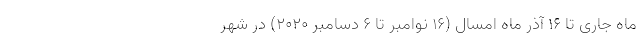
ماه جاری تا 16 آذر ماه امسال (16 نوامبر تا 6 دسامبر 2020) در شهر